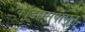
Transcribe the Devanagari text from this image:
काँडोम्सपासून